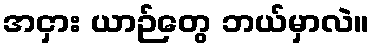
အငှား ယာဉ်တွေ ဘယ်မှာလဲ။